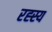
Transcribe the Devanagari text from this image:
रह्स्य